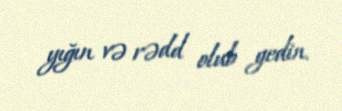
yığın və rədd olub gedin.